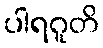
ပါရဂူတိ